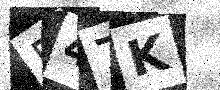
Text: 547K